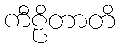
ကီဠိတာတိ